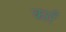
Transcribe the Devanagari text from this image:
कारँ